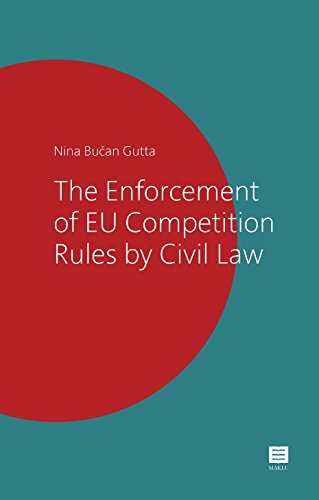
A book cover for The Enforcement of EU Competition Rules by Civil Law (Maklu Competition Series); Nina Bucan Gutta; Law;